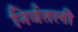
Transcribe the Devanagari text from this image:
निर्वतली